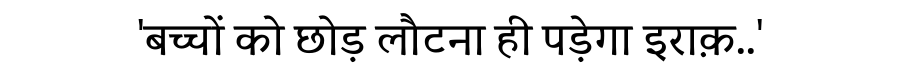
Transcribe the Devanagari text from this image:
'बच्चों को छोड़ लौटना ही पड़ेगा इराक़..'